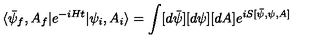
\langle \bar { \psi } _ { f } , A _ { f } | e ^ { - i H t } | \psi _ { i } , A _ { i } \rangle = \int [ d \bar { \psi } ] [ d \psi ] [ d A ] e ^ { i S [ \bar { \psi } , \psi , A ] }